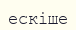
ескіше